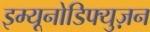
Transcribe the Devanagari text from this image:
इम्यूनोडिफ्युज़न